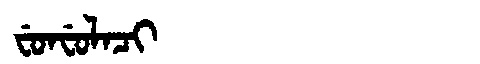
Manchu: ᠸᡠᠨᠸᡠᠯᠠᠴᡳ
Romanization: FUNFULACI